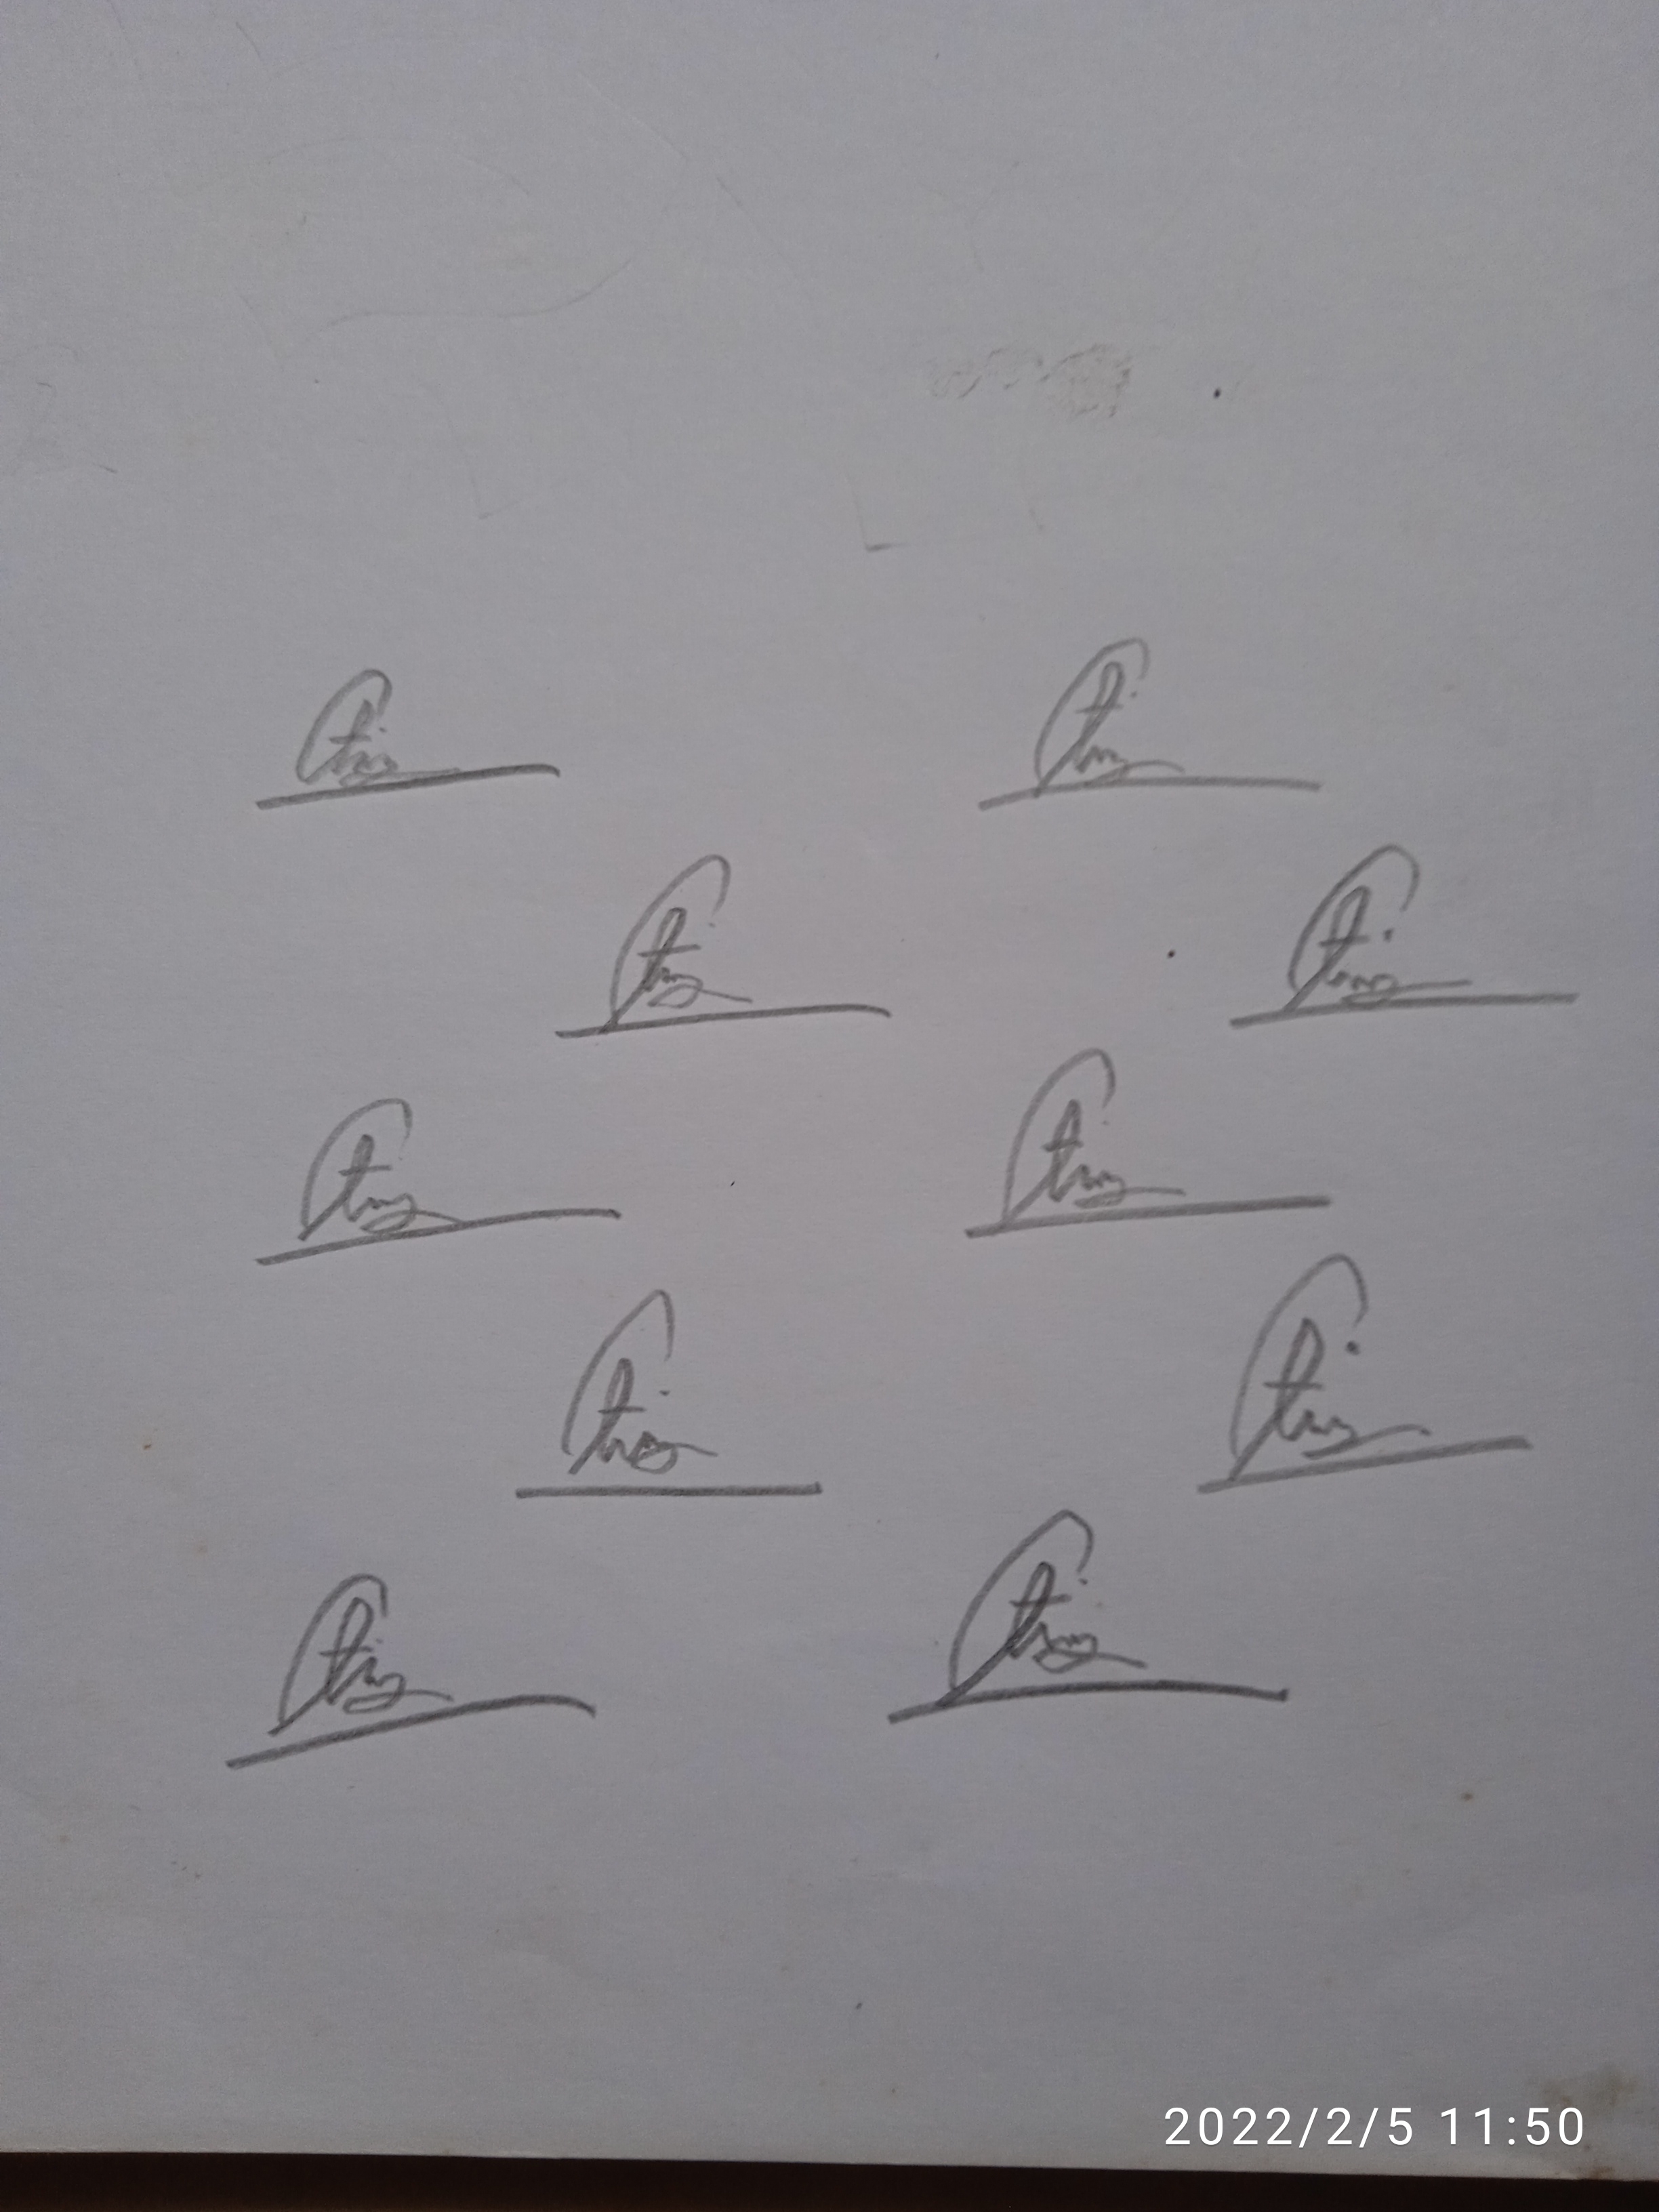
Signature authenticity: genuine